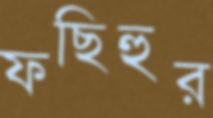
ফছিহুর